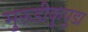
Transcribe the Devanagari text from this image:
मुरुडीकुपुडा